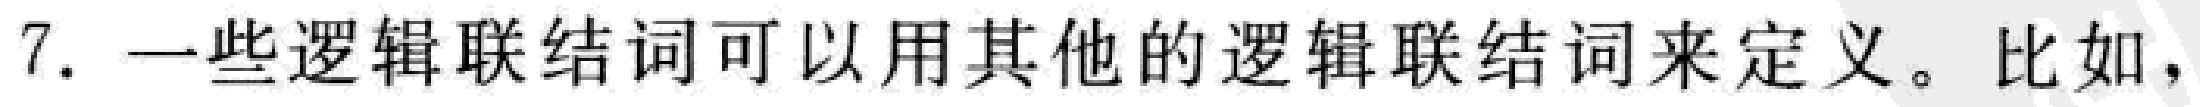
7. 一些逻辑联结词可以用其他的逻辑联结词来定义。比如，